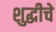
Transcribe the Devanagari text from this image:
शुद्धीचे